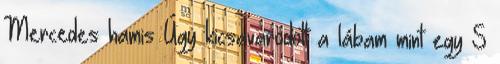
Mercedes hamis Úgy kicsavarodott a lábam mint egy S